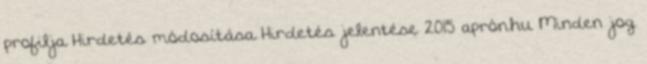
profilja Hirdetés módosítása Hirdetés jelentése 2015 aprón.hu Minden jog